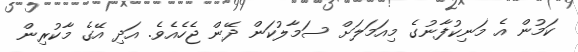
ކަމުން އެ މަނިކުފާނުގެ މިއަމަލަށް ސަމާލުކަން ދޭން ޖެހެއެވެ. އަދި އޭގެ މާކުރިން